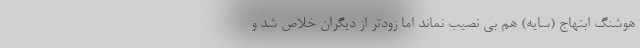
هوشنگ ابتهاج (سایه) هم بی نصیب نماند اما زودتر از دیگران خلاص شد و